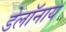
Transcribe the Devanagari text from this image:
डेलॉनाय